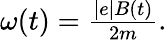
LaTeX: \begin{array}{r}{\omega(t)=\frac{|e|B(t)}{2m}.}\end{array}